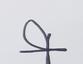
Signature authenticity: forged